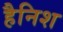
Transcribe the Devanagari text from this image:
हैनिश